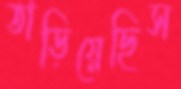
তাড়িয়েছিস